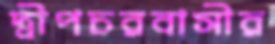
দ্বীপচরবাসীর